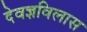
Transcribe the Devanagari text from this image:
देवज्ञविलास